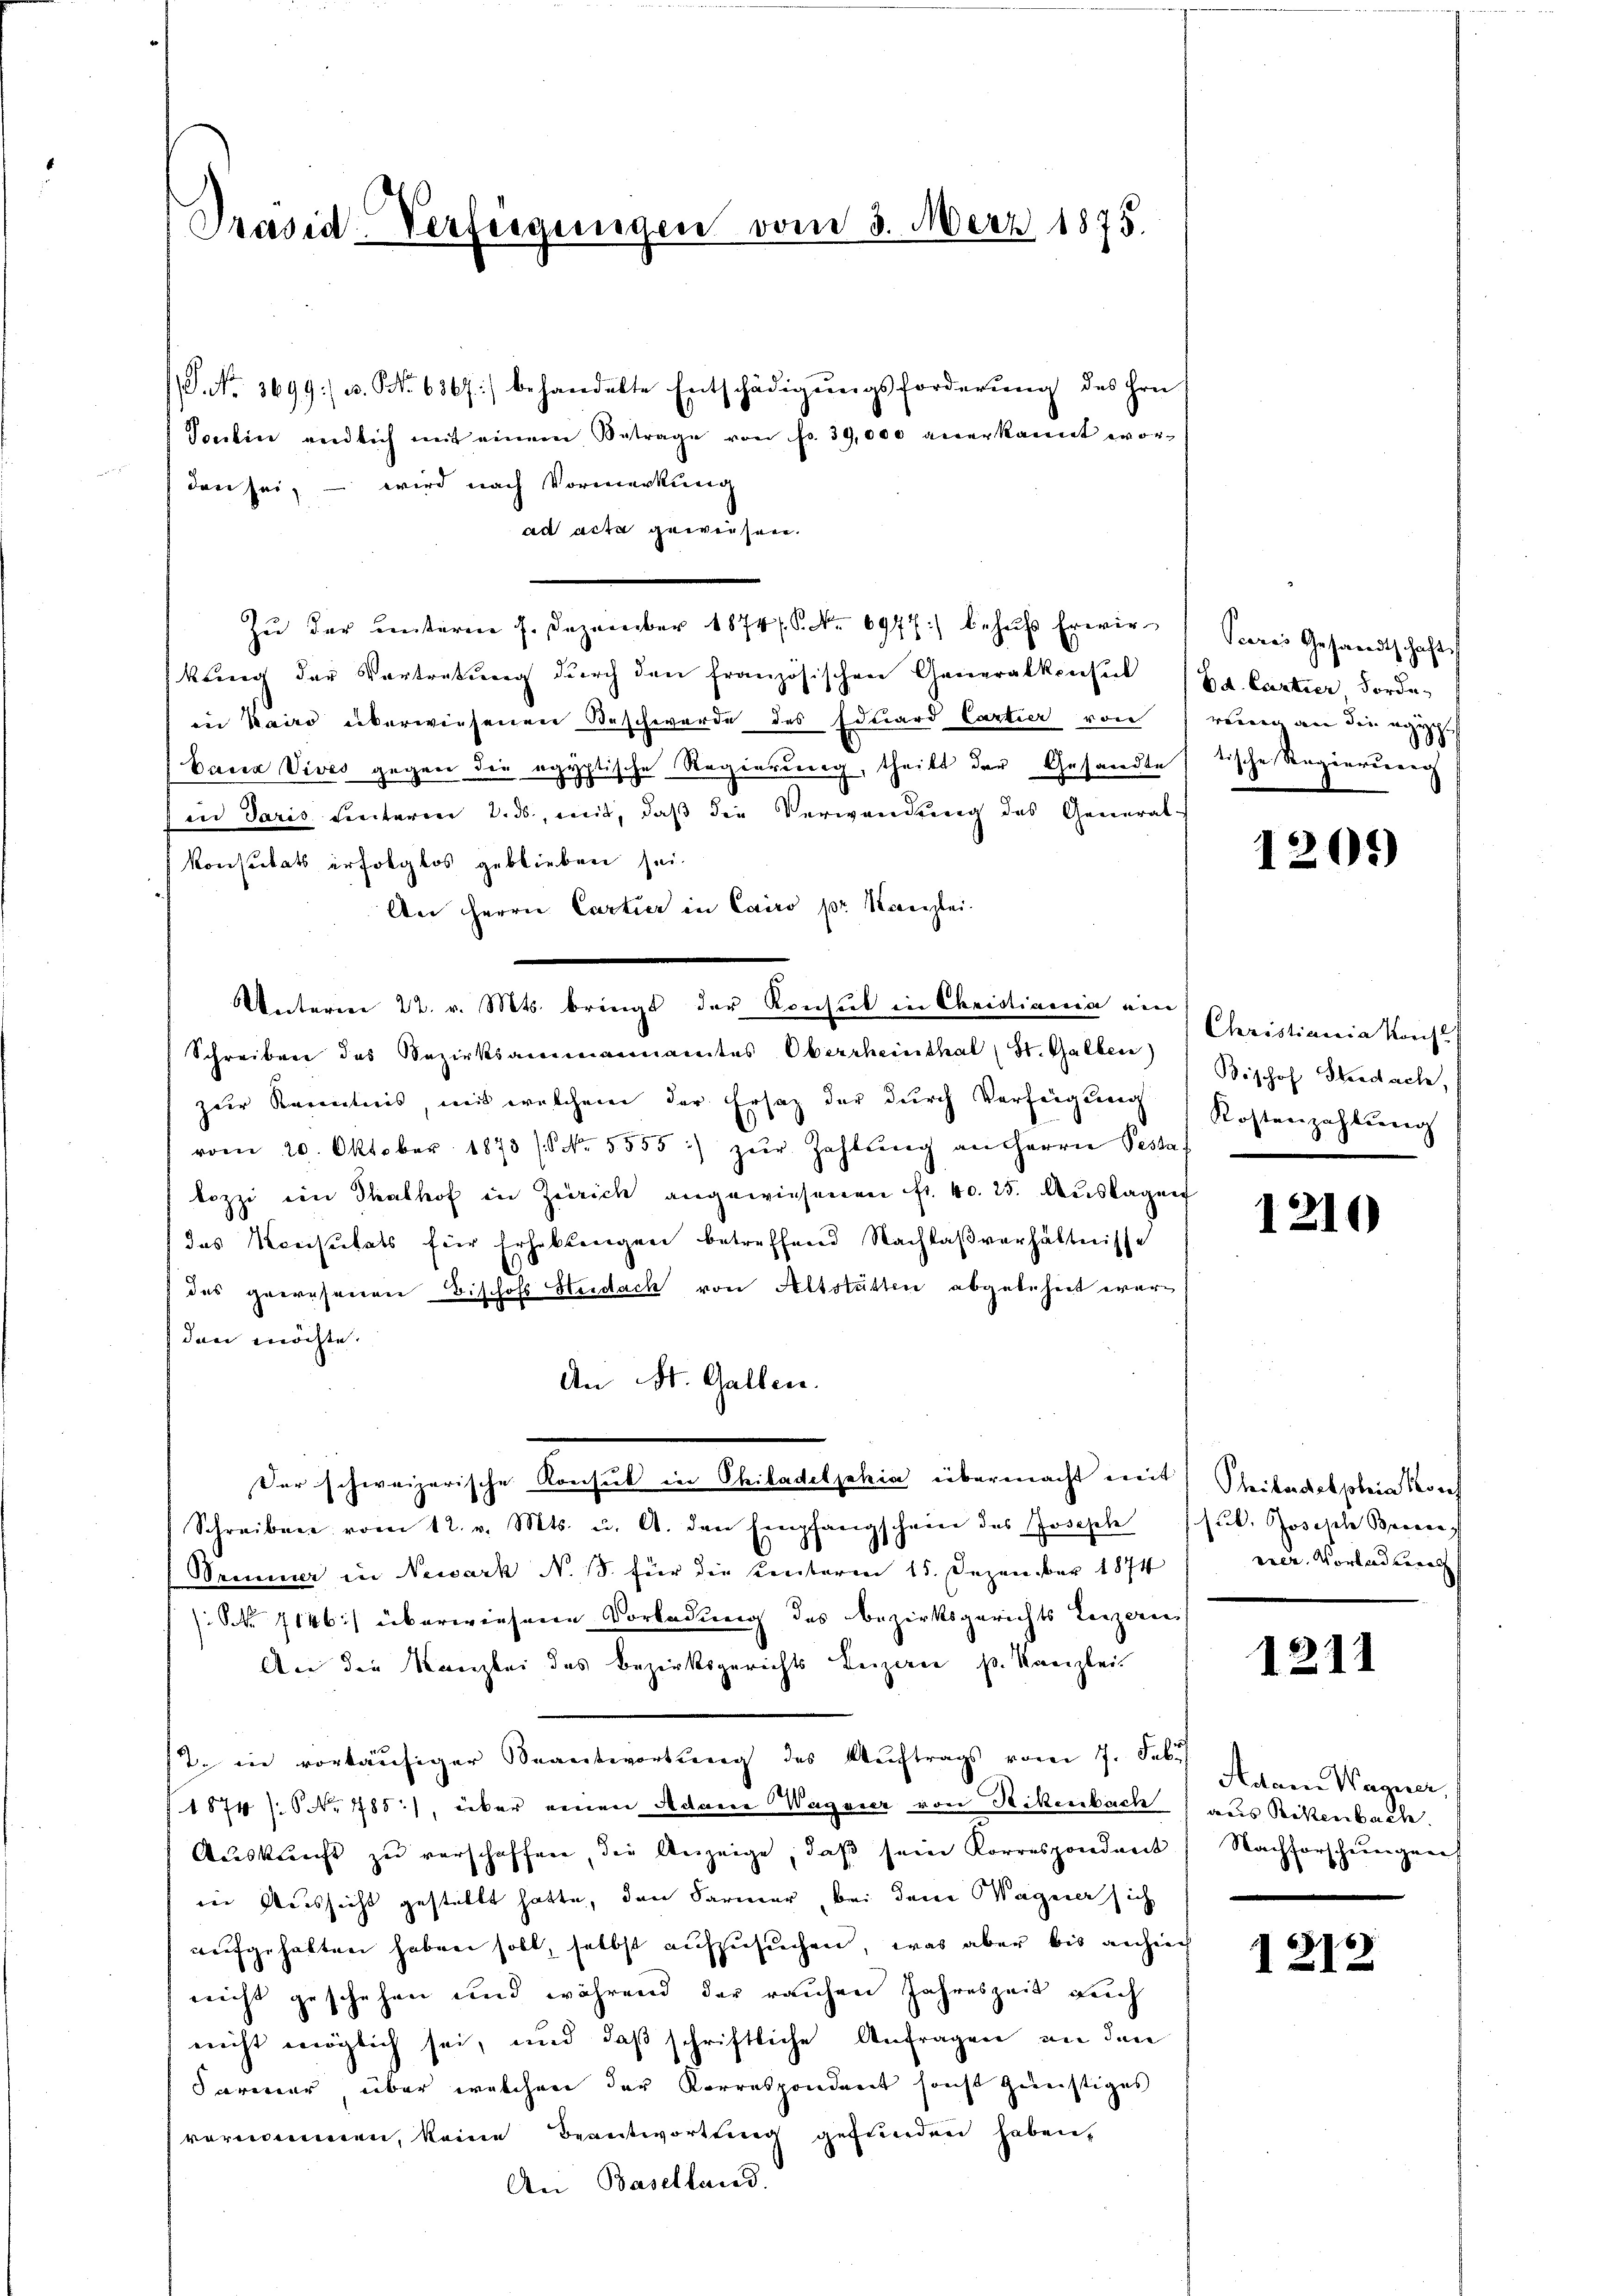
Präsid-Verfügungen vom 3. März 1875.

P. Nr. 3699 u. No. 6367) behandelte Entschädigŭngsforderŭng des Hrn.
Sontin endlich mit einem Betrage von fr. 39,000 anerkannt wordenn sei, – wird nach Vormerkung
ad acta gewiesen.
Zu der unterm 7. Dezember 1874. No. 6977) behufs Erwir
kung der Vortretung durch den französischen Generalkonsul Dr. Cartier Forde
in Kairo überwiesenen Beschwerde des Eduard Cartier von reinig an den egy
Caua Vives gegen die egyptische Regierung, theilt der Gesandte, tische Regierungen
in Paris hinteren 2. ds., mit, daß die Verwendung des General-
konstitats erfolglos geblieben sei.
An Herrn Cartier in Cairo pr. Kanzlei.
Unteren 22. v. Mts. bringt der Konsul in Christiania eine
Schreiben des Bezirksammannamtes Oberrheinthal (St. Galben)
zŭr Kenntnis, mit welchem der Ersatz der dŭrch Verfügŭng Kostenzahlŭng
vom 20. Oktober 1873 / No. 5555) zur Zahlung an Herren Pesta
lozzi ein Thalhof in Zürich angewiesenen Fr. 40. 25. Aŭslagen
das Konsulats für Erhebungen betreffend Nachlaßverhältnisse
 das grossenen Bischofs Herdach von Altstätten abgelehnt werden möchte.
An St. Gallen.
Der schweizerische Konsul in Philadelphia übermacht mit Steikordatsobei Woch
Schreiben vom 12. v. Mts. u. A. den Empfangscheine des Joseph (sub. Josische Beere
Seminer in Newark N. 1. für die Krectoren 15. Dezember 1874
 7146) überwiesene Vorladung des Bezirksgerichts Lezzerei
An die Kanzlei des Bezirksgerichts Beizan p. Kanzlei-
t. in vorläufiger Beantwortung des Aŭftrags vom 7. Febr.
1874 /:S Nr. 785), über einen Adam Wagoner von Rikenbach) aus Rikenbache.
Auskunft zu verschaffen, die Anzeige, daβ sein Korrespondant Nachforscheinigen
der Russicht gestellt hatte, den Farmer bei dem Wagner sich
aufgehalten haben soll, selbst aufzusuchen, was aber bis anheich
nicht geschehen und während der rauchen Jahreszeit auch
nicht möglich sei, und daß schriftliche Anfragen an den
Farmer, über welchen der Korrespondent secht günstiges
vernommen, keine Beantwortung gefunden haben,
An Baselland.

Seeres Gesandtschaft

1201)

Christiania Kaufl
Bishof Steedach, s

1210

rrer. Vorbend Berath

1211

Adam Wagner,

1212